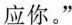
应你。”